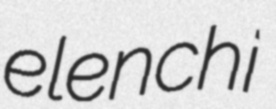
elenchi